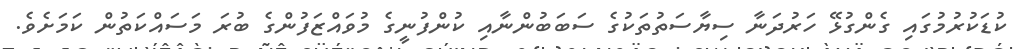
ކުޑަކުރުމުގައި ގެންގުޅޭ ހަރުދަނާ ސިޔާސަތުތަކުގެ ސަބަބުންނާއި ކުންފުނީގެ މުވައްޒަފުންގެ ބުރަ މަސައްކަތުން ކަމަށެވެ.